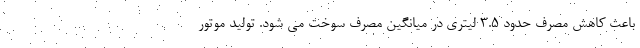
باعث کاهش مصرف حدود ۳.۵ لیتری در میانگین مصرف سوخت می شود. تولید موتور